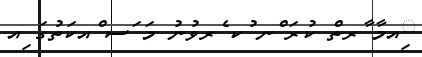
ިއމާ ާރތް ކުރަ ްނ ުކ ެރވުނު މަ ަސ ްއކަތުގަ ިއ